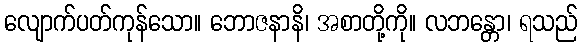
လျောက်ပတ်ကုန်သော။ ဘောဇနာနိ၊ အစာတို့ကို။ လဘန္တော၊ ရသည်